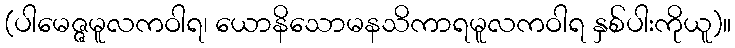
(ပါမေဇ္ဇမူလကဝါရ၊ ယောနိသောမနသိကာရမူလကဝါရ နှစ်ပါးကိုယူ)။